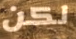
لكن